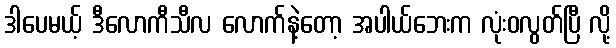
ဒါပေမယ့် ဒီလောကီသီလ လောက်နဲ့တော့ အပါယ်ဘေးက လုံးဝလွတ်ပြီ လို့